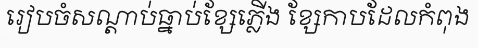
រៀបចំសណ្តាប់ធ្នាប់ខ្សែភ្លើង ខ្សែកាបដែលកំពុង